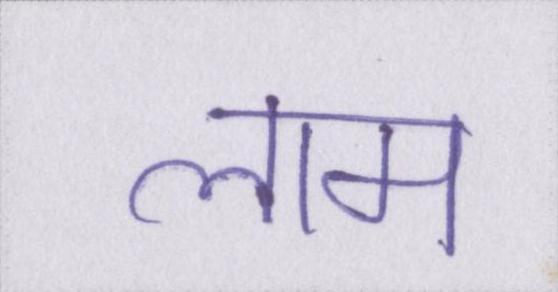
लाम